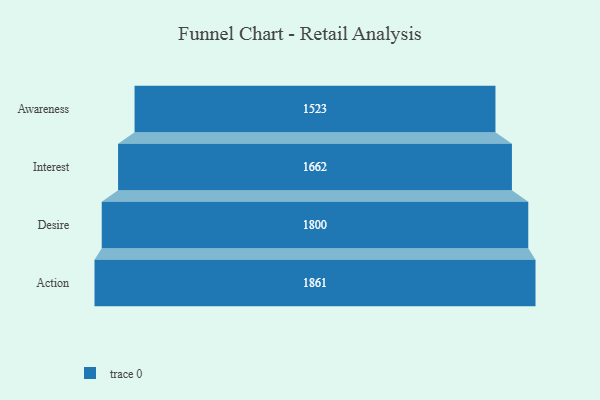
{"axis": {"x": "Stage", "y": "Value"}, "legend": [""], "data": [{"x": "Awareness", "y": 1523.0, "type": ""}, {"x": "Interest", "y": 1662.0, "type": ""}, {"x": "Desire", "y": 1800.0, "type": ""}, {"x": "Action", "y": 1861.0, "type": ""}]}